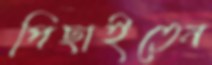
পিছাইতেন